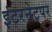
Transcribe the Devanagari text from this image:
इंटरनेटपर